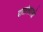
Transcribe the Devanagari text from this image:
दातांसारखे